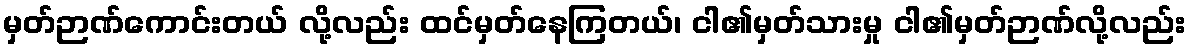
မှတ်ဉာဏ်ကောင်းတယ် လို့လည်း ထင်မှတ်နေကြတယ်၊ ငါ၏မှတ်သားမှု ငါ၏မှတ်ဉာဏ်လို့လည်း